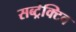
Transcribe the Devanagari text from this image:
सब्ट्रेक्टिव